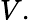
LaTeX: V.